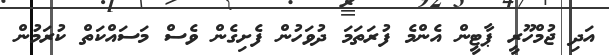
އަދި ޖުމްހޫރީ ޕާޓީން އެންމެ ފުރަތަމަ ދުވަހުން ފެށިގެން ވެސް މަސައްކަތް ކުރަމުން